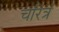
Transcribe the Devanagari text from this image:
चरित्रं